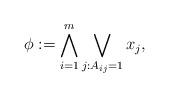
LaTeX: \begin{align*} \phi := \bigwedge_{i = 1}^m \bigvee_{j : A_{ij} = 1} x_j,\end{align*}